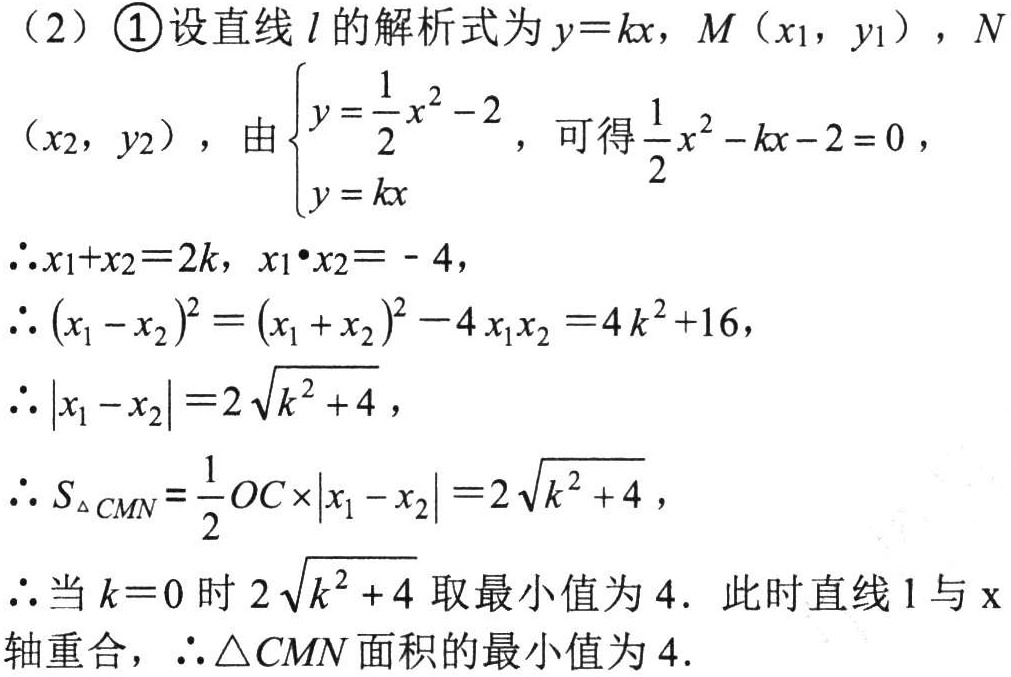
（2）\textcircled{1}设直线\(l\)的解析式为\(y = kx\)，\(M(x_{1},y_{1})\)，\(N(x_{2},y_{2})\)，由\(\begin{cases}y=\dfrac{1}{2}x^{2}-2\\y = kx\end{cases}\)，可得\(\dfrac{1}{2}x^{2}-kx - 2 = 0\)，
\(\therefore x_{1}+x_{2}=2k\)，\(x_{1}\cdot x_{2}=-4\)，
\(\therefore (x_{1}-x_{2})^{2}=(x_{1}+x_{2})^{2}-4x_{1}x_{2}=4k^{2}+16\)，
\(\therefore |x_{1}-x_{2}|=2\sqrt{k^{2}+4}\)，
\(\therefore S_{\triangle CMN}=\dfrac{1}{2}OC\times|x_{1}-x_{2}|=2\sqrt{k^{2}+4}\)，
\(\therefore\)当\(k = 0\)时\(2\sqrt{k^{2}+4}\)取最小值为\(4\). 此时直线\(l\)与\(x\)轴重合，\(\therefore\triangle CMN\)面积的最小值为\(4\).